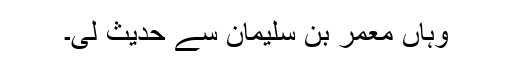
وہاں معمر بن سلیمان سے حدیث لی۔